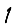
Digit: 1